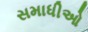
સમાધીઓ